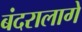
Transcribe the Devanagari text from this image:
बंदरालागे